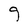
Character: g